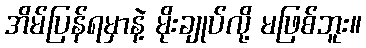
အိမ်ပြန်ရမှာနဲ့ မိုးချုပ်လို့ မဖြစ်ဘူး။